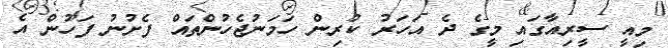
މިއީ ސީރިއާގައި މީގެ ދެ އަހަރު ކުރިން ހަމަނުޖެހުންތައް ފެށުނު ފަހުން އެ